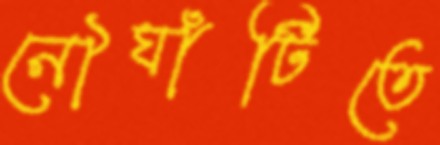
নৌঘাঁটিতে